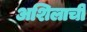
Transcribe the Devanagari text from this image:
अशिलाची